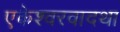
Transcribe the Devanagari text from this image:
एकेश्वरवादथा